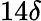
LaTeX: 14\delta